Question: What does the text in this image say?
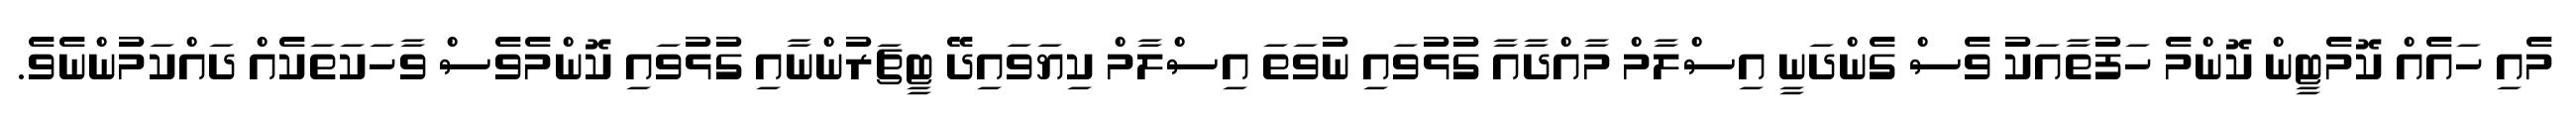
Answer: މެއި ހައެއް ކޮމެޓީން ކޮންމެ ހަފުތާއަކު ވެސް ގެންދަނީ އިސްލާމް މާއްދާއާ ގުޅުވައި ނުވަތަ އިސްލާމް ކިޔަވައިދޭ ޓީޗަރުންނާއި ގުޅުވައި ކޮންމެވެސް ވާހަކަތަކެއް ދައްކަމުންނެވެ.